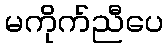
မကိုက်ညီပေ